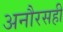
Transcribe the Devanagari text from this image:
अनौरसही